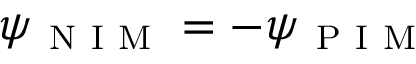
\psi _ { \mathrm { ~ N ~ I ~ M ~ } } = - \psi _ { \mathrm { ~ P ~ I ~ M ~ } }